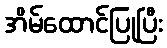
အိမ်ထောင်ပြုပြီး